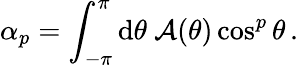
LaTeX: \alpha_{p}=\int_{-\pi}^{\pi}\mathrm{d}\theta\ \mathcal{A}(\theta)\cos^{p}\theta\, .